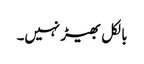
بالکل بھیڑ نہیں۔